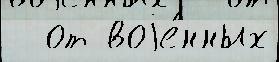
  от воjе́нных